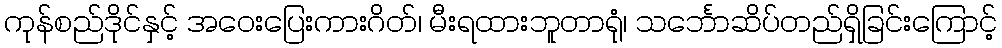
ကုန်စည်ဒိုင်နှင့် အဝေးပြေးကားဂိတ်၊ မီးရထားဘူတာရုံ၊ သင်္ဘောဆိပ်တည်ရှိခြင်းကြောင့်